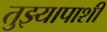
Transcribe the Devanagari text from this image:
तुझ्यापाशी